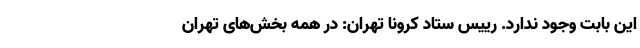
این بابت وجود ندارد. رییس ستاد کرونا تهران: در همه بخش‌های تهران